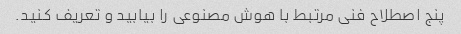
پنج اصطلاح فنی مرتبط با هوش مصنوعی را بیابید و تعریف کنید.